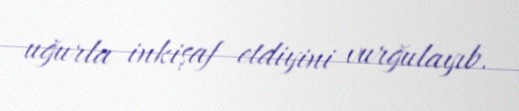
uğurla inkişaf etdiyini vurğulayıb.